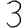
Digit: 3